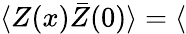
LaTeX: \langle Z(x)\bar{Z}(0)\rangle=\langle